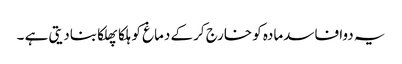
یہ دوا فاسدمادہ کو خارج کرکے دماغ کو ہلکا پھلکا بنادیتی ہے ۔